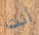
أنت